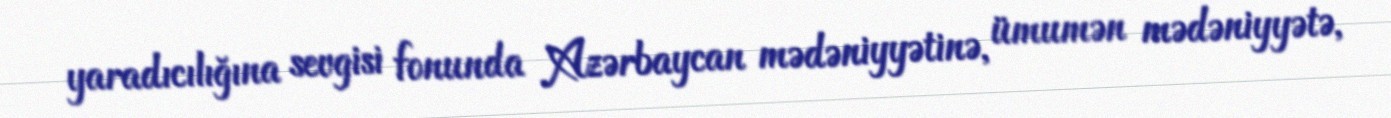
yaradıcılığına sevgisi fonunda Azərbaycan mədəniyyətinə, ümumən mədəniyyətə,